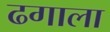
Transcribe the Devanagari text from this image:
ढगाला